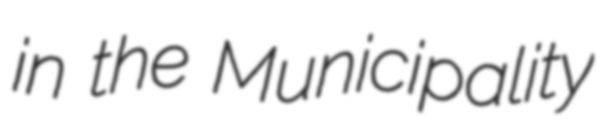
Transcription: in the Municipality